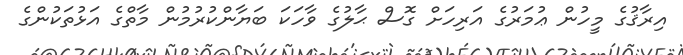
އިރާޤުގެ މީހުން ޢުމަރުގެ އަރިހަށް ގޮސް ޙާލުގެ ވާހަކަ ބަޔާންކުރުމުން މާތްގެ އަޅުތަކުންގެ